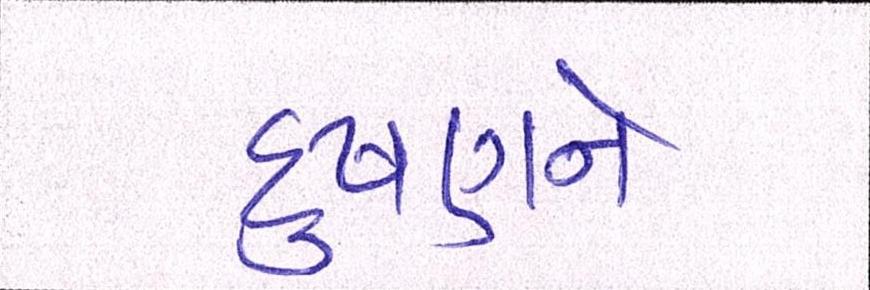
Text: દુષણને